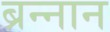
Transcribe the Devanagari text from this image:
ब्रन्नान